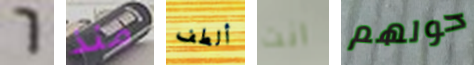
6 منذ ألطف انت حولهم